Medical and sanitary report of the native army of Madras for the year
Year: 1878
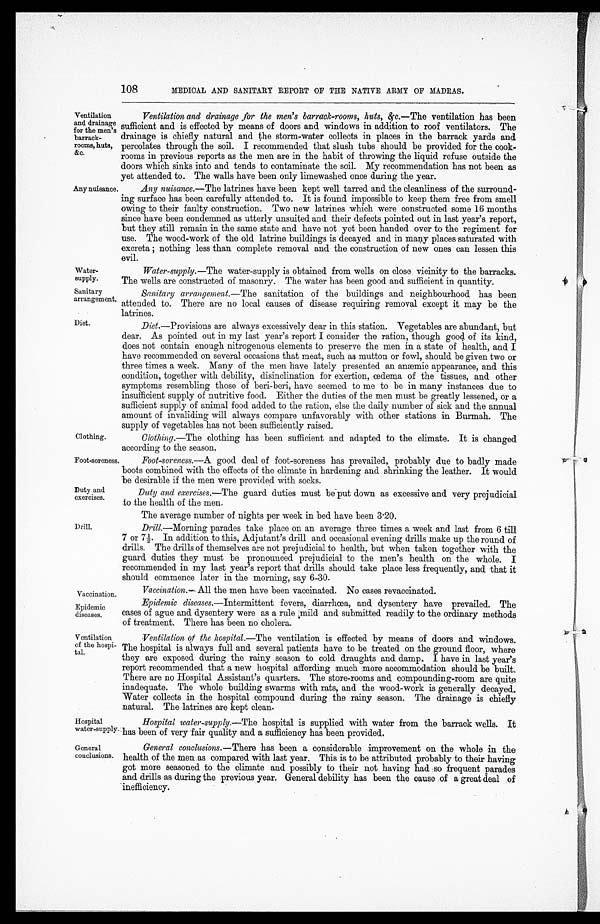
Water
-supply.
Sanitary
arrangement
Diet.
Clothing.
Foot-soreness.
Duty and
exercises.
Vaccination.
Epidemic
diseases.
Ventilation
of the hospi-
tal.
Hospital
water-supply.
General
conclusions.
108
MEDICAL AND SANITARY REPORT OF THE NATIVE ARMY OF MADRAS.
Ventilation
and drainage
for the men's
barrack
-rooms, huts,
&c.
Any nuisance.
Ventilation and drainage for the men's barrack-rooms, huts, &c.— The ventilation has been
sufficient and is effected by means of doors and windows in addition to roof ventilators. The
drainage is chiefly natural and the storm-water collects in places in the barrack yards and.
percolates through the soil. I recommended that slush tubs should be provided for the cook
-rooms in previous reports as the men are in the habit of throwing the liquid refuse outside the
doors which sinks into and tends to contaminate the soil. My recommendation has not been as
yet attended to. The walls have been only limewashed once during the year.
Any nuisance.— The latrines have been kept well tarred and the cleanliness of the surround--
ing surface has been carefully attended to. It is found impossible to keep them free from smell
owing to their faulty construction. Two new latrines which were constructed some 16 months
since have been condemned as utterly unsuited and their defects pointed out in last year's report,
but they still remain in the same state and have not yet been handed over to the regiment for
use. The wood-work of the old latrine buildings is decayed and in many places saturated with
excreta; nothing less than complete removal and the construction of new ones can lessen this
evil.
Water-supply.— The water-supply is obtained from wells on close vicinity to the barracks.
The wells are constructed of masonry. The water has been good and sufficient in quantity.
Sanitary arrangement.— The sanitation of the buildings and neighbourhood has been
attended to. There are no local causes of disease requiring removal except it may be the
latrines.
Diet. —Provisions are always excessively dear in this station. Vegetables are abundant, but
dear. As pointed out in my last year's report I consider the ration, though good of its kind,
does not contain enough nitrogenous elements to preserve the men in a state of health, and I
have recommended on several occasions that meat, such as mutton or fowl, should be given two or
three times a week. Many of the men have lately presented an anæmic appearance, and this
condition, together with debility, disinclination for exertion, œdema of the tissues, and other
symptoms resembling those of beri-beri, have seemed to me to be in many instances due to
insufficient supply of nutritive food. Either the duties of the men must be greatly lessened, or a
sufficient supply of animal food added to the ration, else the daily number of sick and the annual
amount of invaliding will always compare unfavorably with other stations in Burmah. The
supply of vegetables has not been sufficiently raised.
Clothing.—The clothing has been sufficient and adapted to the climate. It is changed
according to the season.
Foot-soreness.— A good deal of foot-soreness has prevailed, probably due to badly made
boots combined with the effects of the climate in hardening and shrinking the leather. It would
be desirable if the men were provided with socks.
Duty and exercises.—The guard duties must be put down as excessive and very prejudicial
to the health of the men.
The average number of nights per week in bed have been 3-20.
Drill.
Drill.—Morning parades take place on an average three times a week and last from 6 till
7 or 7½. In addition to this, Adjutant's drill and occasional evening drills make up the round of
drills. The drills of themselves are not prejudicial to health, but when taken together with the
guard duties they must be pronounced prejudicial to the men's health on the whole. I
recommended in my last year's report that drills should take place less frequently, and that it
should commence later in the morning, say 6-30.
Vaccination.— All the men have been vaccinated. No cases revaccinated.
Epidemic diseases.— Intermittent fevers, diarrhœa, and dysentery have prevailed. The
cases of ague and dysentery were as a rule mild and submitted readily to the ordinary methods
of treatment. There has been no cholera.
Ventilation of the hospital.—The ventilation is effected by means of doors and windows.
The hospital is always full and several patients have to be treated on the ground floor, where
they are exposed during the rainy season to cold draughts and damp. I have in last year's
report recommended that a new hospital affording much more accommodation should be built.
There are no Hospital Assistant's quarters. The store-rooms and compounding-room are quite
inadequate. The whole building swarms with rats, and the wood-work is generally decayed.
Water collects in the hospital compound during the rainy season. The drainage is chiefly
natural. The latrines are kept clean.
Hospital water-supply.—The hospital is supplied with water from the barrack wells. It
has been of very fair quality and a sufficiency has been provided.
General conclusions.— There has been a considerable improvement on the whole in the
health of the men as compared with last year. This is to be attributed probably to their having
got more seasoned to the climate and possibly to their not having had so frequent parades
and drills as during the previous year. General debility has been the cause of a great deal of
inefficiency.